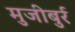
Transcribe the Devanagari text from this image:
मुजीबुर्र